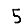
Digit: 5